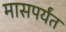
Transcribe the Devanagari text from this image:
मासपर्यंत